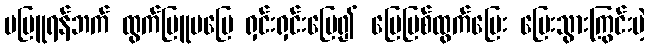
မပြူရန်ဘက် ထွက်ပြူမပြေ ရှင်းရှင်းပြေ၍ ပြေပြစ်ထွက်ပြေး ပြေးသွားကြွင်းမဲ့